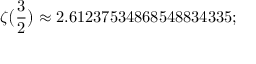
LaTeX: \zeta { \bigl ( } { \frac { 3 } { 2 } } { \bigr ) } \approx 2 . 6 1 2 3 7 5 3 4 8 6 8 5 4 8 8 3 4 3 3 5 ;